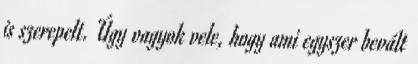
is szerepelt. Úgy vagyok vele, hogy ami egyszer bevált